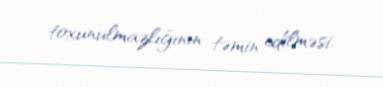
toxunulmazlığının təmin edilməsi.